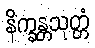
နိက္ခန္တသုတ္တံ